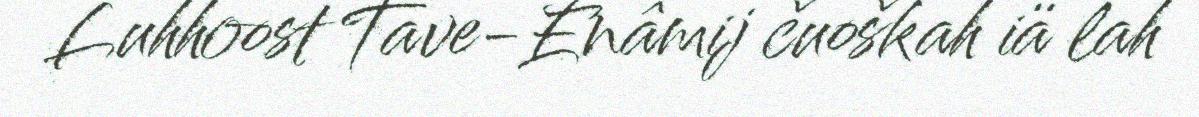
Luhhoost Tave-Enâmij čuoškah iä lah